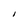
Character: l